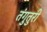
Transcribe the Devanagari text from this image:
तंगुतुरी